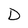
Character: D